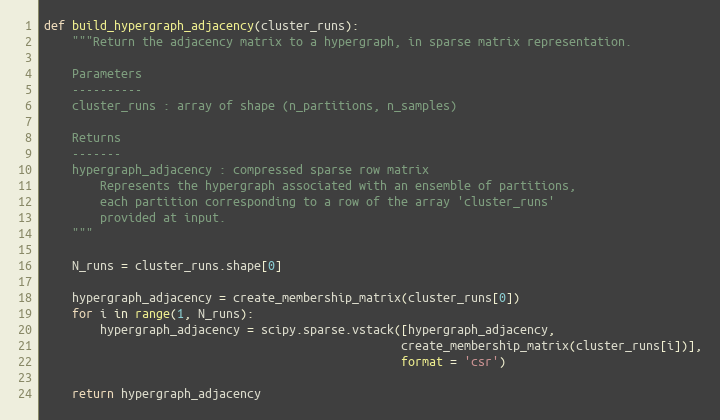
Language: Python
def build_hypergraph_adjacency(cluster_runs):
    """Return the adjacency matrix to a hypergraph, in sparse matrix representation.

    Parameters
    ----------
    cluster_runs : array of shape (n_partitions, n_samples)

    Returns
    -------
    hypergraph_adjacency : compressed sparse row matrix
        Represents the hypergraph associated with an ensemble of partitions,
        each partition corresponding to a row of the array 'cluster_runs'
        provided at input.
    """

    N_runs = cluster_runs.shape[0]

    hypergraph_adjacency = create_membership_matrix(cluster_runs[0])
    for i in range(1, N_runs):
        hypergraph_adjacency = scipy.sparse.vstack([hypergraph_adjacency,
                                                   create_membership_matrix(cluster_runs[i])],
                                                   format = 'csr')

    return hypergraph_adjacency